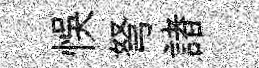
悞弩諸